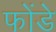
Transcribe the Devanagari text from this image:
फोंडे